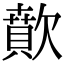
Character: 歕